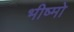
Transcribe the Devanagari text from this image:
भीष्मो